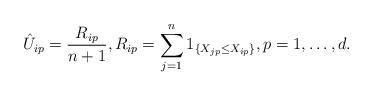
LaTeX: \begin{align*} \hat U_{ip} = \frac{R_{ip}}{n+1},R_{ip}=\sum_{j=1}^{n} 1_{\{ X_{j p} \le X_{ip} \}},p=1,\ldots,d.\end{align*}